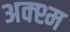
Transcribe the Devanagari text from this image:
अक्श्म